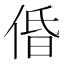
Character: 𠉣